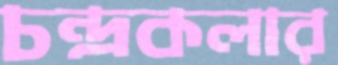
চন্দ্রকলার